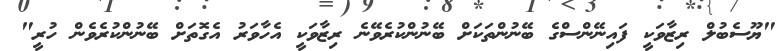
"ޔޫސެބުލް ރިޒާވަކީ ފައިނޭންސްގެ ބޭނުންތަކަށް ބޭނުންކުރެވޭނެ ރިޒާވަކީ އެހާވަރު އެގޮތަށް ބޭނުންކުރެވެން ހުރީ"